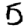
Digit: 5